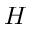
H